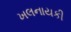
ખલનાયકી